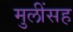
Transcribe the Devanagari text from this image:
मुलींसह